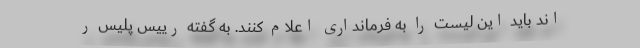
اند باید این لیست را به فرمانداری اعلام کنند. به گفته رییس پلیس ر